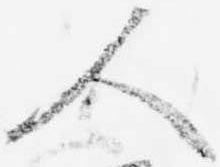
人